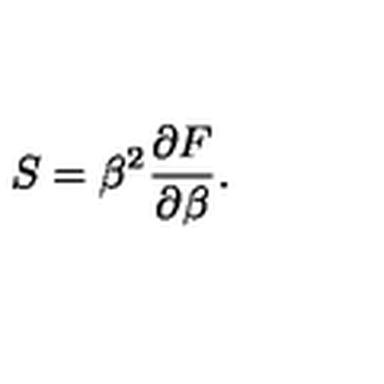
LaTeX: S = \beta ^ { 2 } { \frac { \partial F } { \partial \beta } } .